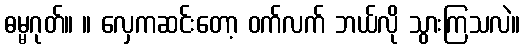
ဓမ္မဂုတ်။ ။ လှေကဆင်းတော့ ဝက်လက် ဘယ်လို သွားကြသလဲ။